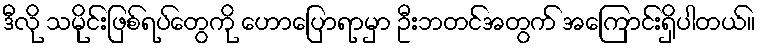
ဒီလို သမိုင်းဖြစ်ရပ်တွေကို ဟောပြောရာမှာ ဦးဘတင်အတွက် အကြောင်းရှိပါတယ်။